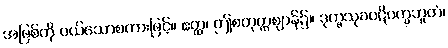
အဖြစ်ကို ပယ်သောစကားဖြင့်။ ဧတ္ထ၊ ဤစတုတ္ထဈာန်၌။ ဒုက္ခသုခပဋိပက္ခဘူတံ၊